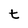
Character: t